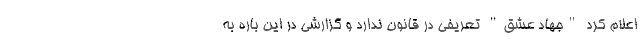
اعلام کرد "جهاد عشق" تعریفی در قانون ندارد و گزارشی در این باره به